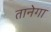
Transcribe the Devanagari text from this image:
तानेगा